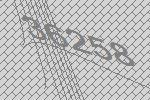
36258